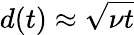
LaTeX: d(t)\approx\sqrt{\nu t}